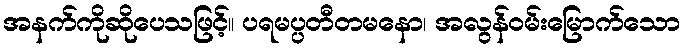
အနက်ကိုဆိုပေသဖြင့်။ ပရမပ္ပတီတမနော၊ အလွန်ဝမ်းမြောက်သော